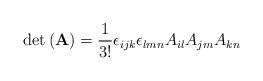
LaTeX: \begin{align*}\mathrm{det}\left(\mathbf{A}\right)=\frac{1}{3!}\epsilon_{ijk}\epsilon_{lmn}A_{il}A_{jm}A_{kn}\end{align*}